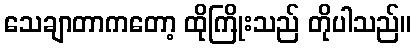
သေချာတာကတော့ ထိုကြိုးသည် တိုပါသည်။